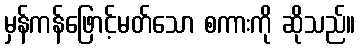
မှန်ကန်ဖြောင့်မတ်သော စကားကို ဆိုသည်။